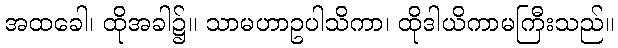
အထခေါ၊ ထိုအခါ၌။ သာမဟာဥပါသိကာ၊ ထိုဒါယိကာမကြီးသည်။